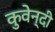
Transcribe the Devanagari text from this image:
कुवेन्दी